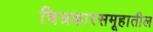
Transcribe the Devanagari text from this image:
चित्रकारसमूहातील